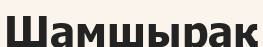
Шамшырақ